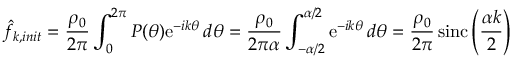
\hat { f } _ { k , i n i t } = { \frac { \rho _ { 0 } } { 2 \pi } } \int _ { 0 } ^ { 2 \pi } P ( \theta ) \mathrm { e } ^ { - i k \theta } \, d \theta = { \frac { \rho _ { 0 } } { 2 \pi \alpha } } \int _ { - \alpha / 2 } ^ { \alpha / 2 } \mathrm { e } ^ { - i k \theta } \, d \theta = { \frac { \rho _ { 0 } } { 2 \pi } } \, \mathrm { s i n c } \left( { \frac { \alpha k } { 2 } } \right)